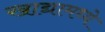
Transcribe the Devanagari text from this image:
खाद्यामध्ये